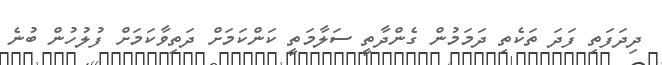
ދިދަފަތި ފަދަ ތަކެތި ދަމަމުން ގެންދާތީ ސަލާމަތީ ކަންކަމަށް ދަތިވާކަމަށް ފުލުހުން ބުނެ